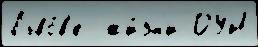
Льво́в'е  жи́зн'и ОУН